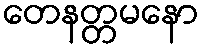
တေနတ္တမနော